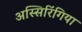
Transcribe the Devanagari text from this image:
अस्सिरिंगिया